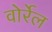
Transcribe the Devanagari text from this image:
वोर्रेल